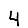
Digit: 4